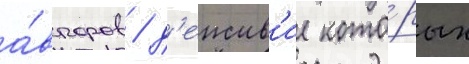
а́второв / д'еиств'ие кото́рых